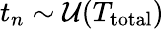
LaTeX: t_{n}\sim\mathcal{U}(T_{\mathrm{total}})